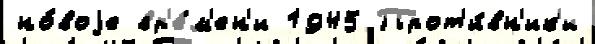
но́воjе вр'е́м'ен'и 1945 Прот'и́вн'ик'и